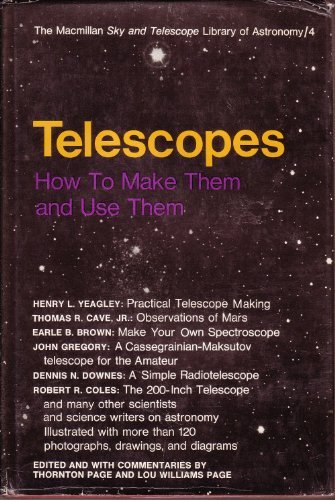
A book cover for Telescopes: How to Make Them and Use Them; Thornton Page; Science & Math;